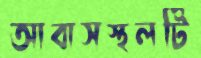
আবাসস্থলটি